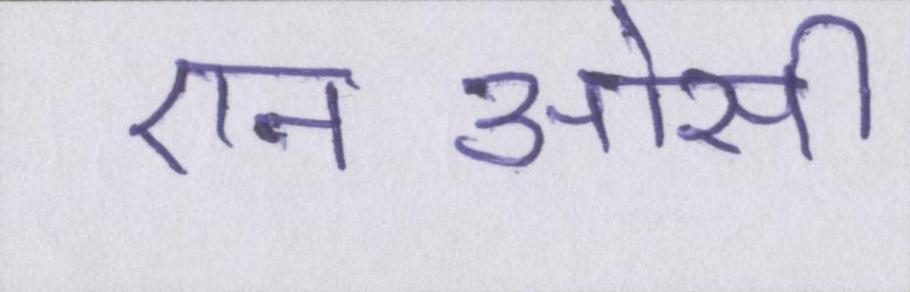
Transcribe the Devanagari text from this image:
एनओसी